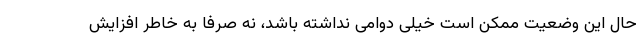
حال این وضعیت ممکن است خیلی دوامی نداشته باشد، نه صرفا به خاطر افزایش